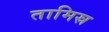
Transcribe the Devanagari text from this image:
तामिस्र